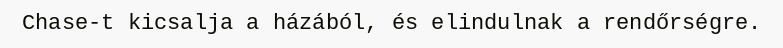
Chase-t kicsalja a házából, és elindulnak a rendőrségre.